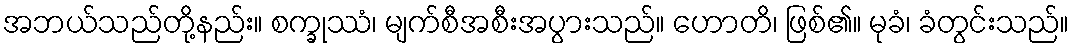
အဘယ်သည်တို့နည်း။ စက္ခုဿံ၊ မျက်စီအစီးအပွားသည်။ ဟောတိ၊ ဖြစ်၏။ မုခံ၊ ခံတွင်းသည်။